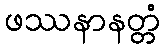
ဖဿနာနတ္တံ